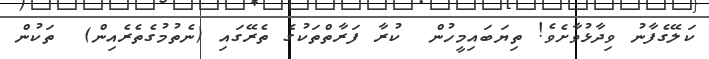
ކަލޭގެފާނު ވިދާޅުވާށެވެ! ތިޔަބައިމީހުން  ކުރާ ފަރާތްތަކުގެ ތެރޭގައި (ނެތުމުގެތެރެއިން)  ތަކުން